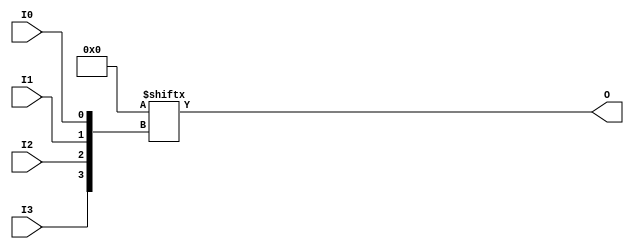
`ifdef verilator3
`else
`timescale 1 ps / 1 ps
`endif
//
// LUT4 primitive for Xilinx FPGAs
// Compatible with Verilator tool (www.veripool.org)
// Copyright (c) 2019-2022 Frdric REQUIN
// License : BSD
//

module LUT4
#(
    parameter [15:0] INIT = 16'h0000
)
(
    input  wire I0, I1, I2, I3,
    output wire O
);
    wire [3:0] _w_idx = { I3, I2, I1, I0 };
    
    assign O = INIT[_w_idx];

endmodule